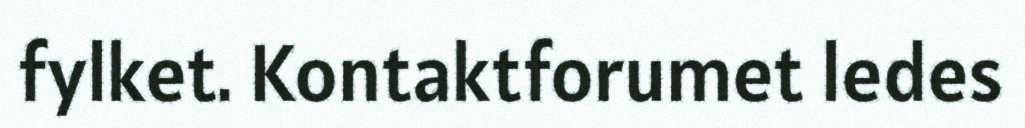
fylket. Kontaktforumet ledes